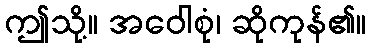
ဤသို့။ အဝေါစုံ၊ ဆိုကုန်၏။